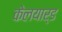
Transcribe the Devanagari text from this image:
केलयार्ड